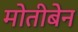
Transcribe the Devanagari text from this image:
मोतीबेन